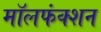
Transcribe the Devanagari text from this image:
मॉलफंक्शन